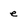
Character: e